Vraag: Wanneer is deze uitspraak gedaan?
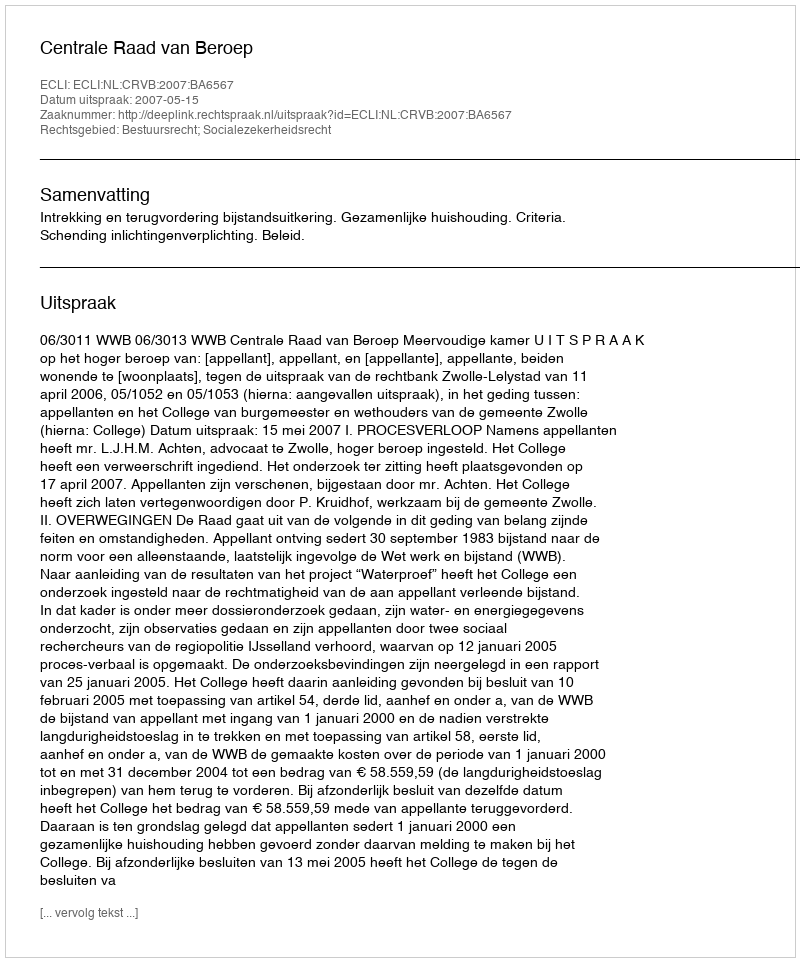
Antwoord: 2007-05-15